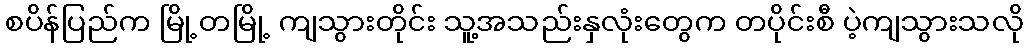
စပိန်ပြည်က မြို့တမြို့ ကျသွားတိုင်း သူ့အသည်းနှလုံးတွေက တပိုင်းစီ ပဲ့ကျသွားသလို